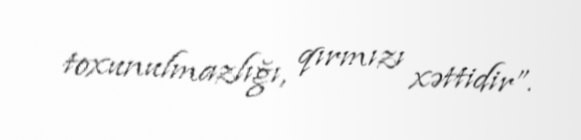
toxunulmazlığı, qırmızı xəttidir”.